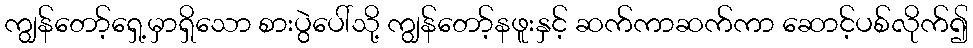
ကျွန်တော့်ရှေ့မှာရှိသော စားပွဲပေါ်သို့ ကျွန်တော့်နဖူးနှင့် ဆက်ကာဆက်ကာ ဆောင့်ပစ်လိုက်၍